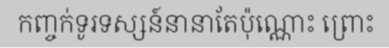
កញ្ចក់ទូរទស្សន៍នានាតែប៉ុណ្ណោះ ព្រោះ